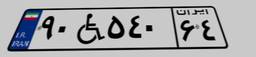
۹۰W۵۴۰۶۴